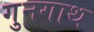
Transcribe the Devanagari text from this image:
गुनगाथ